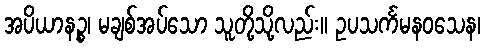
အပိယာနဉ္စ၊ မချစ်အပ်သော သူတို့သို့လည်း။ ဥပသင်္ကမနဝသေန၊